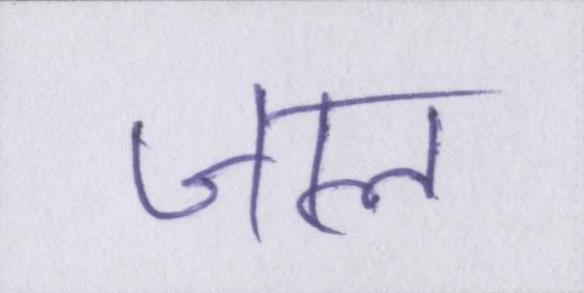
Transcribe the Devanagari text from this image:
जाल